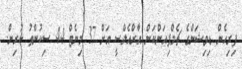
ފިރިހެން ޑިވިޝަންގެ ޗެމްޕިއަންކަން އާރްއެލްސީ އަށް 37 މިނެޓް 44 ސިކުންތު ކުރިން.